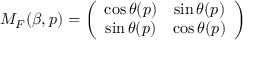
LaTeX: M _ { F } ( \beta , p ) = \left( \begin{array} { c c } { { \cos \theta ( p ) } } & { { \sin \theta ( p ) } } \\ { { \sin \theta ( p ) } } & { { \cos \theta ( p ) } } \end{array} \right)